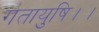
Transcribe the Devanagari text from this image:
गतायुषि।।